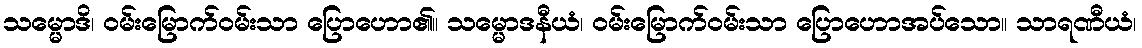
သမ္မောဒိ၊ ဝမ်းမြောက်ဝမ်းသာ ပြောဟော၏။ သမ္မောဒနီယံ၊ ဝမ်းမြောက်ဝမ်းသာ ပြောဟောအပ်သော။ သာရဏီယံ၊